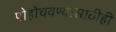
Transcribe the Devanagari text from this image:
पोहोचवण्यासाठीही